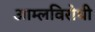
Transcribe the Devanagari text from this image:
आम्लविरोधी